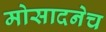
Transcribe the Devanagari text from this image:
मोसादनेच